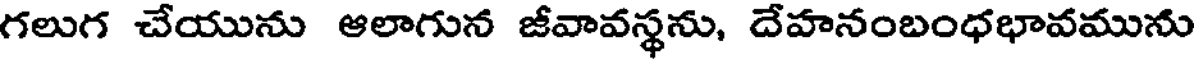
గలుగ చేయును ఆలాగున జీవావస్థను, దేహనంబంధభావమును